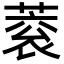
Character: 蓘